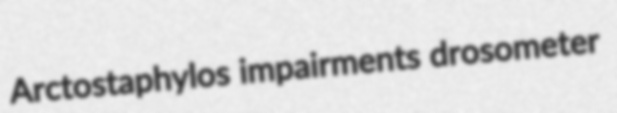
Arctostaphylos impairments drosometer